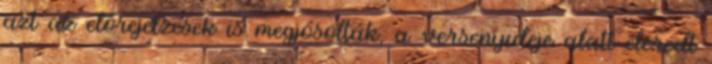
azt az előrejelzések is megjósolták, a versenyideje alatt eleredt